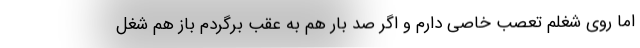
اما روی شغلم تعصب خاصی دارم و اگر صد بار هم به عقب برگردم باز هم شغل